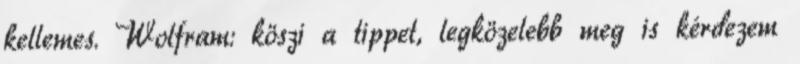
kellemes. Wolfram: köszi a tippet, legközelebb meg is kérdezem